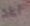
آباد